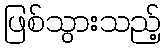
ဖြစ်သွားသည့်